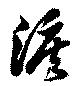
涙